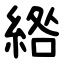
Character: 綹